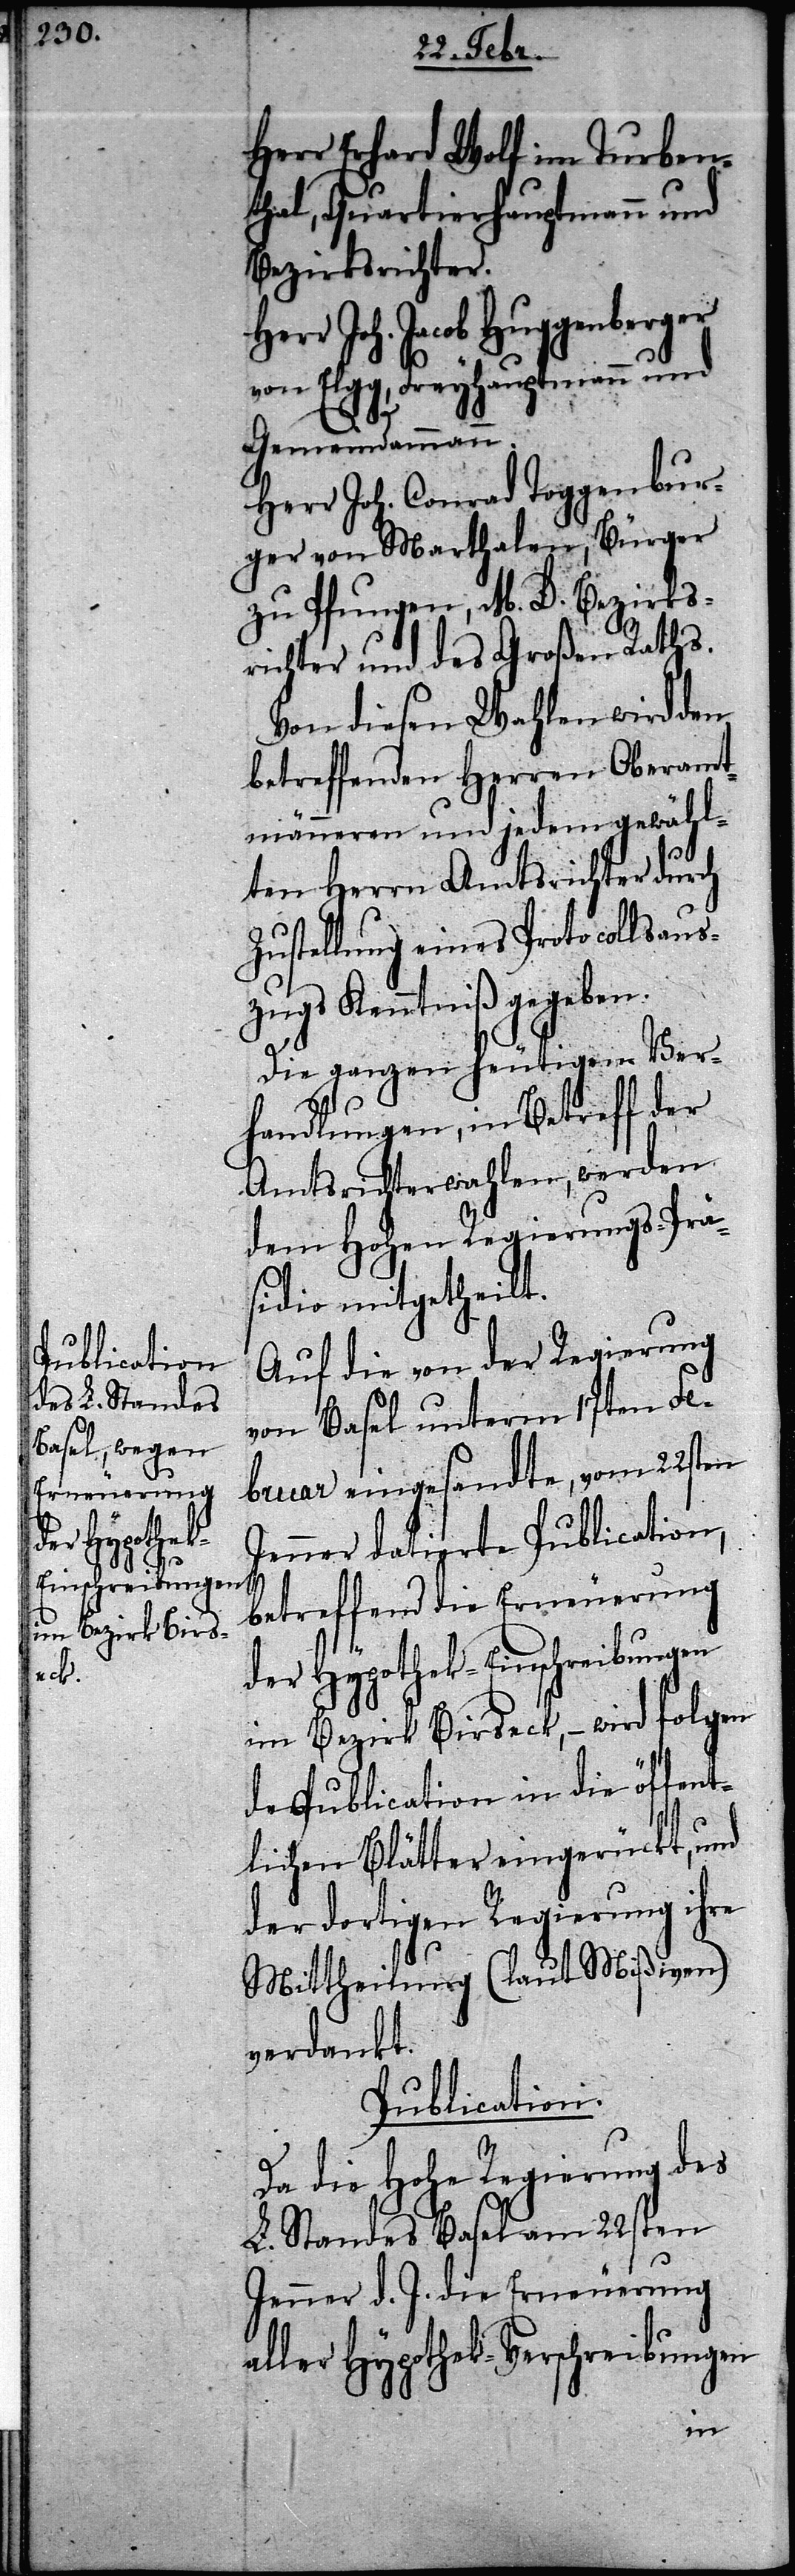
He¬

Herr Erhard Wolf im Turben¬
thal, Quartierhauptmann und
Bezirksrichter.
rr Joh. Jacob Huggenberger
von Elgg, Freyhauptmann und
Gemeindammann.
Herr Joh. Conrad Toggenbur¬
ger von Marthalen, Bürger
zu Pfungen, M. D. Bezirks¬
richter und des Großen Raths.
Von diesen Wahlen wird den
betreffenden Herren Oberamt¬
männeren und jedem gewähl¬
ten Herrn Amtsrichter durch
Zustellung eines Protocollsaus¬
zugs Kenntniß gegeben.
Die ganzen heutigen Ver¬
handlungen, im Betreff der
Amtsrichterwahlen, werden
dem Hohen Regierungs-Prä¬
sidio mitgetheilt.
Auf die von der Regierung
von Basel unterm 17ten Fe¬
bruar eingesandte, vom 22sten
Jenner datierte Publication,
betreffend die Erneuerung
der Hypothek-Einschreibungen
im Bezirk Birseck, – wird folgen¬
de Publication in die öffent¬
lichen Blätter eingerückt, und
der dortigen Regierung ihre
Mittheilung (laut Mißiven)
verdankt.
Publication.
Da die Hohe Regierung des
L. Standes Basel am 22sten
Jenner d. J. die Erneuerung
aller Hypothek-Verschreibungen